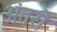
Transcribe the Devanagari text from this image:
अंतरो